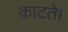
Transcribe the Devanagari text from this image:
काटते।